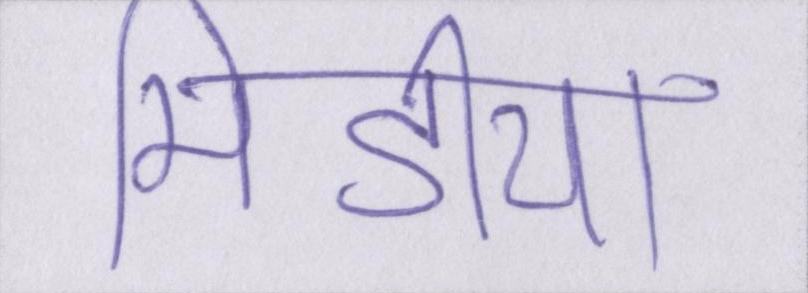
मिडीया